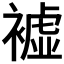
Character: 𧝔